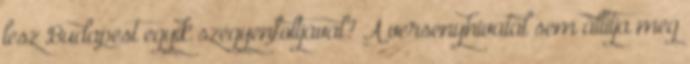
lesz Budapest egyik szégyenfoltjával? A versenyhivatal sem állítja meg